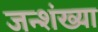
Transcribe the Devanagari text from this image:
जन्शंख्या